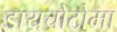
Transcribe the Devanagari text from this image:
डायचोटोमा